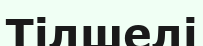
Тілшелі